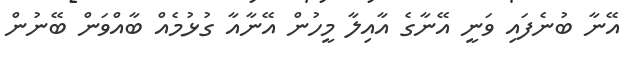
އޭނާ ބުނެފައި ވަނީ އޭނާގެ އާއިލާ މީހުން އޭނާއާ ގުޅުމެއް ބާއްވަން ބޭނުން